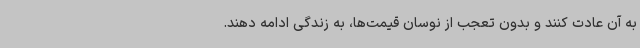
به آن عادت کنند و بدون تعجب از نوسان قیمت‌ها، به زندگی ادامه دهند.